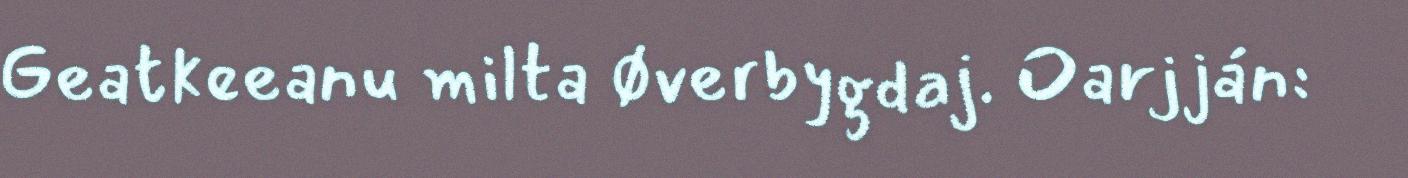
Geatkeeanu milta Øverbygdaj. Oarjján: